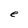
Character: e